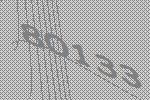
80133